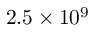
2 . 5 \times 1 0 ^ { 9 }